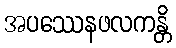
အပဿေနဖလကန္တိ